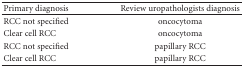
| Primary diagnosis | Review uropathologists diagnosis |
 | --- | --- |
 | RCC not specified | oncocytoma |
 | Clear cell RCC | oncocytoma |
 | RCC not specified | papillary RCC |
 | Clear cell RCC | papillary RCC |